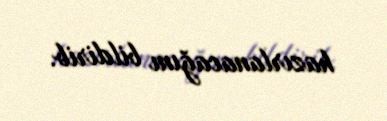
hazırlanacağını bildirib.